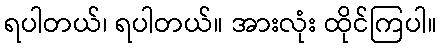
ရပါတယ်၊ ရပါတယ်။ အားလုံး ထိုင်ကြပါ။